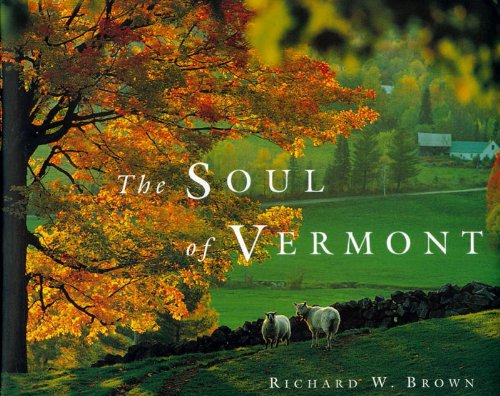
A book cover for The Soul of Vermont; Richard W. Brown; Travel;